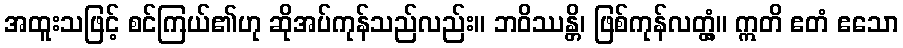
အထူးသဖြင့် စင်ကြယ်၏ဟု ဆိုအပ်ကုန်သည်လည်း။ ဘဝိဿန္တိ၊ ဖြစ်ကုန်လတ္တံ့။ ဣတိ ဧတံ ဧသော